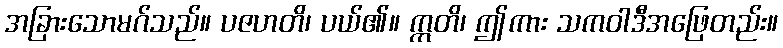
အခြားသောမဂ်သည်။ ပဇဟတိ၊ ပယ်၏။ ဣတိ၊ ဤကား သကဝါဒီအဖြေတည်း။